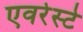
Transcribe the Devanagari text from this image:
एवरेस्‍टे